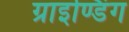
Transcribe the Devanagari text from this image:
ग्राइण्डिंग